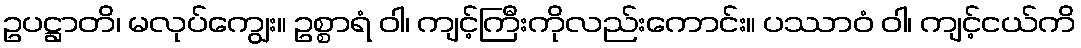
ဥပဋ္ဌာတိ၊ မလုပ်ကျွေး။ ဥစ္စာရံ ဝါ၊ ကျင့်ကြီးကိုလည်းကောင်း။ ပဿာဝံ ဝါ၊ ကျင့်ငယ်ကိ